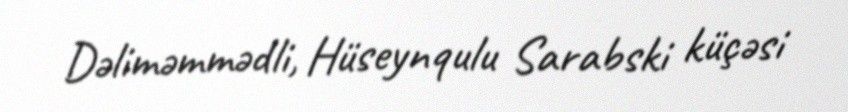
Dəliməmmədli, Hüseynqulu Sarabski küçəsi